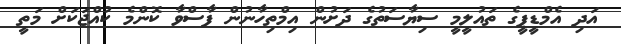
އަދި އެމްޑީޕީގެ ތައުލީމީ ސިޔާސަތުގެ ދަށުން އިމްތިހާނުން ފާސްވާ ކޮންމެ ކުއްޖަކަށް މަތީ